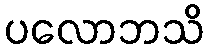
ပလောဘသိ